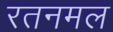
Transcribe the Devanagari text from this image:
रतनमल